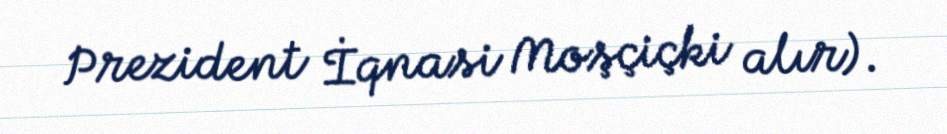
Prezident İqnasi Moşçiçki alır).